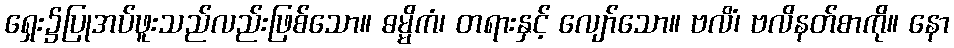
ရှေး၌ပြုအပ်ဖူးသည်လည်းဖြစ်သော။ ဓမ္မိကံ၊ တရားနှင့် လျော်သော။ ဗလိံ၊ ဗလိနတ်စာကို။ နော